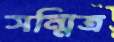
সন্মিত্র